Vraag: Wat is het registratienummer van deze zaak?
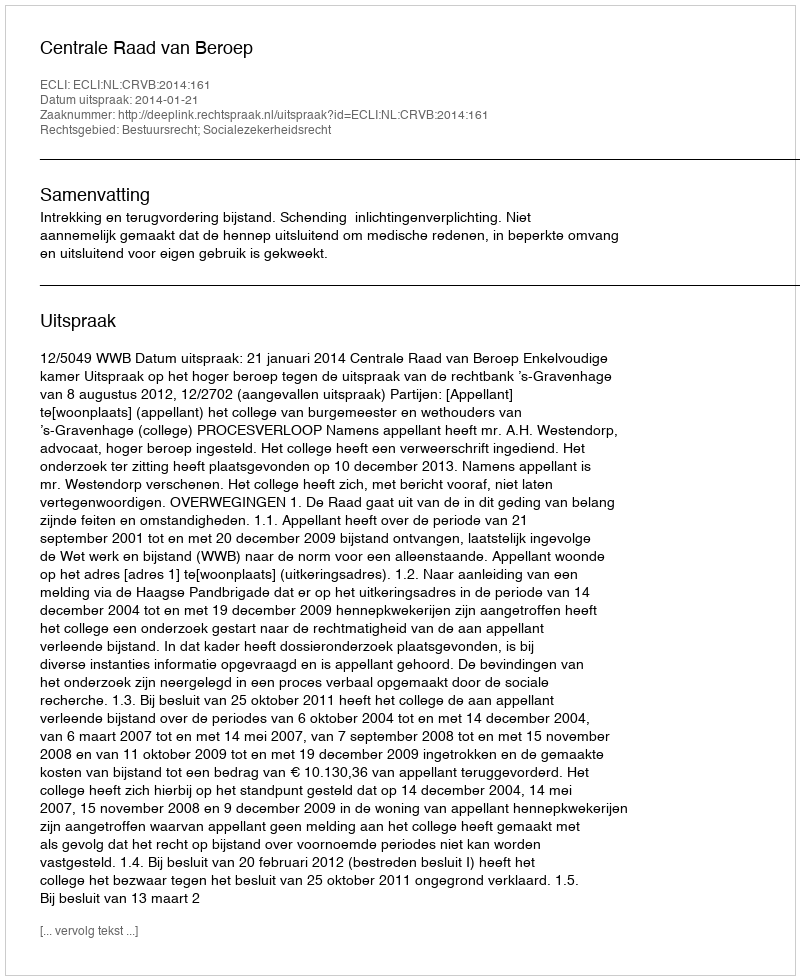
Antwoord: http://deeplink.rechtspraak.nl/uitspraak?id=ECLI:NL:CRVB:2014:161